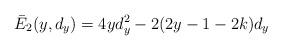
LaTeX: \begin{align*}\bar{E}_2 (y, d_y) = 4yd_y^2 - 2(2y-1-2k) d_y\end{align*}